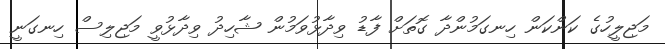
މަޖިލީހުގެ ކަންކަން ހިނގަމުންދާ ގޮތަށް ފާޑު ވިދާޅުވަމުން ޝާހިދު ވިދާޅުވީ މަޖިލިސް ހިނގަނީ